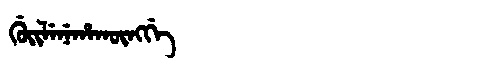
Manchu: ᡤᡠᡳᠯᡝᠨᡝᡥᠠᡴᡡᠩᡤᡝ
Romanization: GUILENEHAKŪNGGE